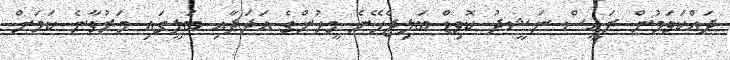
ދައްކަވަމުން ރައީސް ނަޝީދު ކޮވިޑް ބަލިޖެހޭނެ މީހުންގެ އަދަދާއި ބަލީގައި މަރުވާނެ ކަމަށް